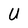
Character: U